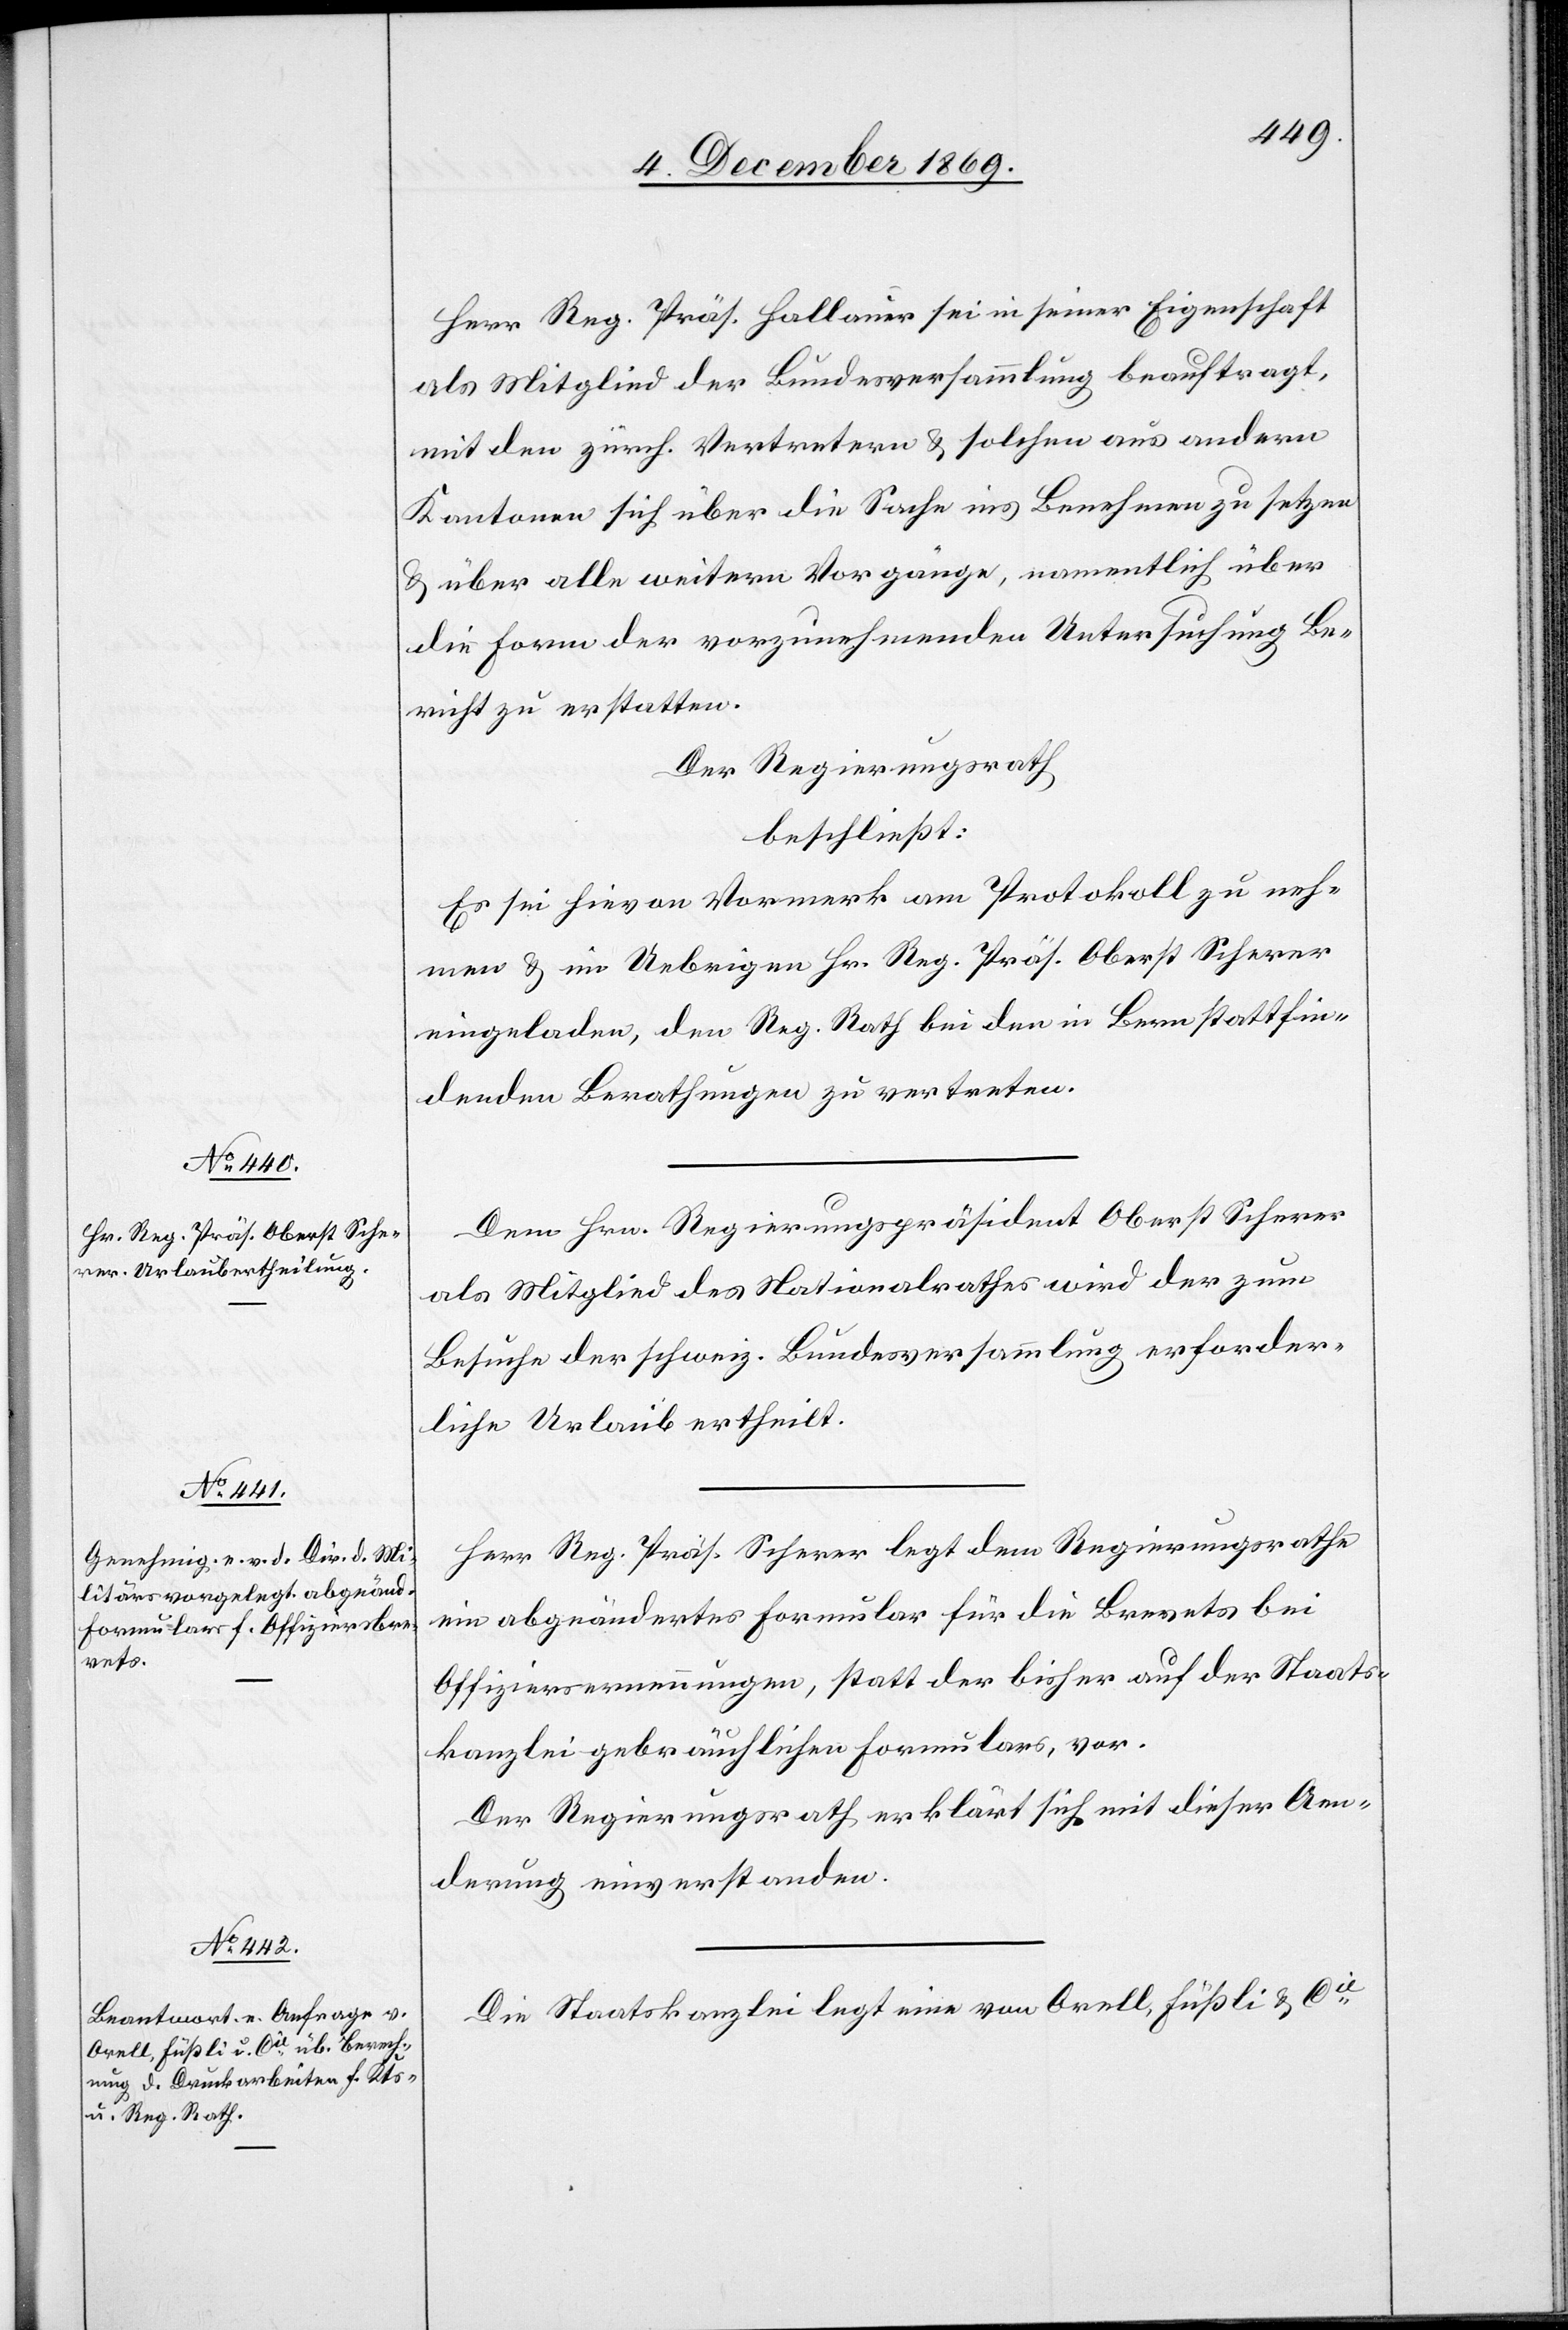
Herr Reg. Präs. Hallauer sei in seiner Eigenschaft
als Mitglied der Bundesversammlung beauftragt,
mit den zürch. Vertretern & solchen aus andern
Kantonen sich über die Sache ins Benehmen zu setzen
& über alle weitern Vorgänge, namentlich über
die Form der vorzunehmenden Untersuchung Be¬
richt zu erstatten.
Der Regierungsrath
beschließt:
Es sei hievon Vormerk am Protokoll zu neh¬
men & im Uebrigen Hr. Reg. Präs. Oberst Scherer
eingeladen, den Reg. Rath bei den in Bern stattfin¬
denden Berathungen zu vertreten.
Dem Hrn. Regierungspräsident Oberst Scherer
als Mitglied des Nationalrathes wird der zum
Besuche der schweiz. Bundesversammlung erforder¬
liche Urlaub ertheilt.
Herr Reg. Präs. Scherer legt dem Regierungsrathe
ein abgeändertes Formular für die Brevets bei
Offiziersernennungen, statt der [recte: des] bisher auf der Staats¬
kanzlei gebräuchlichen Formulars, vor.
Der Regierungsrath erklärt sich mit dieser Aen¬
derung einverstanden.
Die Staatskanzlei legt eine von Orell, Füßli & Cie